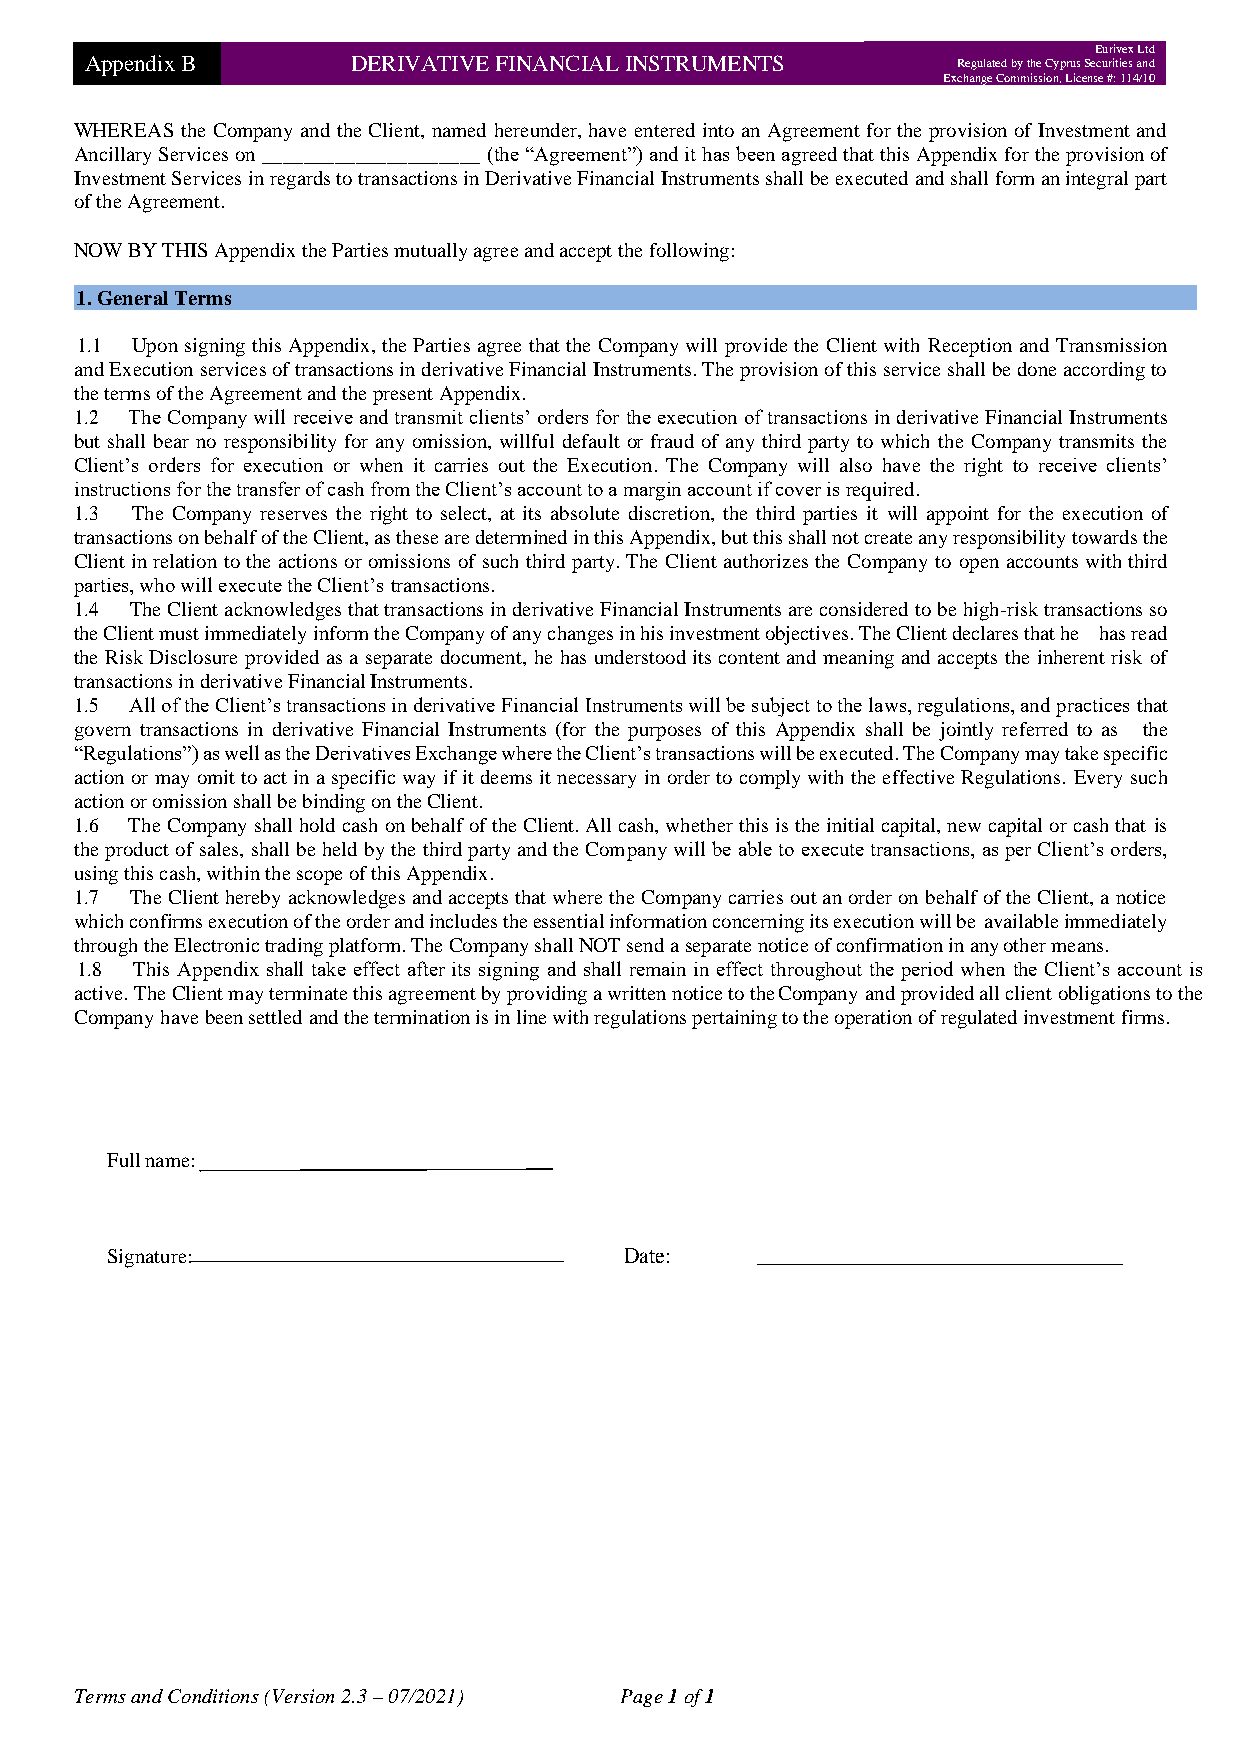
Eurivex Ltd
 Appendix B       DERIVATIVE FINANCIAL INSTRUMENTS        Regulated by the Cyprus Securities and
 Exchange Commission, License #: 114/10
 WHEREAS the Company and the Client, named hereunder, have entered into an Agreement for the provision of Investment and
 Ancillary Services on _____________________ (the “Agreement”) and it has been agreed that this Appendix for the provision of
 Investment Services in regards to transactions in Derivative Financial Instruments shall be executed and shall form an integral part
 of the Agreement.
 NOW BY THIS Appendix the Parties mutually agree and accept the following:
 1. General Terms
 1.1 Upon signing this Appendix, the Parties agree that the Company will provide the Client with Reception and Transmission
 and Execution services of transactions in derivative Financial Instruments. The provision of this service shall be done according to
 the terms of the Agreement and the present Appendix.
 1.2 The Company will receive and transmit clients’ orders for the execution of transactions in derivative Financial Instruments
 but shall bear no responsibility for any omission, willful default or fraud of any third party to which the Company transmits the
 Client’s orders for execution or when it carries out the Execution. The Company will also have the right to receive clients’
 instructions for the transfer of cash from the Client’s account to a margin account if cover is required.
 1.3 The Company reserves the right to select, at its absolute discretion, the third parties it will appoint for the execution of
 transactions on behalf of the Client, as these are determined in this Appendix, but this shall not create any responsibility towards the
 Client in relation to the actions or omissions of such third party. The Client authorizes the Company to open accounts with third
 parties, who will execute the Client’s transactions.
 1.4 The Client acknowledges that transactions in derivative Financial Instruments are considered to be high-risk transactions so
 the Client must immediately inform the Company of any changes in his investment objectives. The Client declares that he has read
 the Risk Disclosure provided as a separate document, he has understood its content and meaning and accepts the inherent risk of
 transactions in derivative Financial Instruments.
 1.5 All of the Client’s transactions in derivative Financial Instruments will be subject to the laws, regulations, and practices that
 govern transactions in derivative Financial Instruments (for the purposes of this Appendix shall be jointly referred to as the
 “Regulations”) as well as the Derivatives Exchange where the Client’s transactions will be executed. The Company may take specific
 action or may omit to act in a specific way if it deems it necessary in order to comply with the effective Regulations. Every such
 action or omission shall be binding on the Client.
 1.6 The Company shall hold cash on behalf of the Client. All cash, whether this is the initial capital, new capital or cash that is
 the product of sales, shall be held by the third party and the Company will be able to execute transactions, as per Client’s orders,
 using this cash, within the scope of this Appendix.
 1.7 The Client hereby acknowledges and accepts that where the Company carries out an order on behalf of the Client, a notice
 which confirms execution of the order and includes the essential information concerning its execution will be available immediately
 through the Electronic trading platform. The Company shall NOT send a separate notice of confirmation in any other means.
 1.8 This Appendix shall take effect after its signing and shall remain in effect throughout the period when the Client’s account is
 active. The Client may terminate this agreement by providing a written notice to the Company and provided all client obligations to the
 Company have been settled and the termination is in line with regulations pertaining to the operation of regulated investment firms.
 Full name:
 Signature:                        Date:
 Terms and Conditions (Version 2.3 – 07/2021) Page 1 of 1